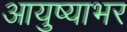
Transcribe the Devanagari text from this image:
आयुष्याभर